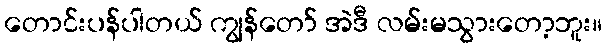
တောင်းပန်ပါတယ် ကျွန်တော် အဲဒီ လမ်းမသွားတော့ဘူး။